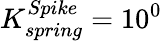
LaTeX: K_{spring}^{Spike}=10^{0}